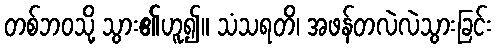
တစ်ဘဝသို့ သွား၏ဟူ၍။ သံသရတိ၊ အဖန်တလဲလဲသွားခြင်း